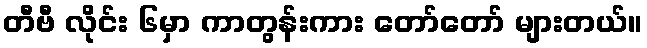
တီဗီ လိုင်း ၆မှာ ကာတွန်းကား တော်တော် များတယ်။